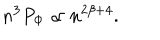
LaTeX: n ^ { 3 } P _ { \mathrm { \Phi } } \propto n ^ { 2 \beta + 4 } .